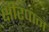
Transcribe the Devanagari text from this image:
क्षीरपान